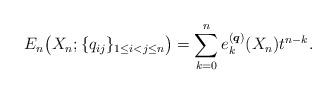
LaTeX: \begin{gather*}E_n\big( X_n; \{q_{ij} \}_{1 \le i < j \le n}\big) = \sum_{k=0}^{n}e_k^{({\boldsymbol{q}})}(X_n) t^{n-k}.\end{gather*}